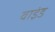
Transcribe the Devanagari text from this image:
वाइंड